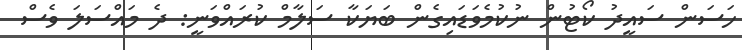
ހަސަން ސައީދު ކޯޓުން ނުކުމެވަޑައިގެން ބަޔަކާ ސަލާމް ކުރައްވަނީ: ދެ މައްސަލަ ވެސް